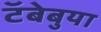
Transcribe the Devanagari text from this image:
टॅबेबुया